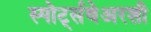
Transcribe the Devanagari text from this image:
स्पोर्ट्सवेअरशी